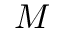
M